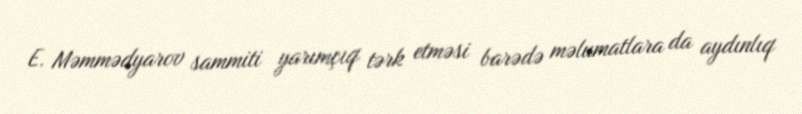
E. Məmmədyarov sammiti yarımçıq tərk etməsi barədə məlumatlara da aydınlıq